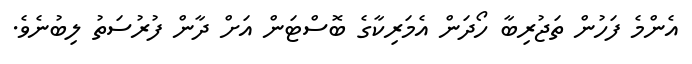
އެންމެ ފަހުން ތަޖުރިބާ ހޯދަން އެމަރިކާގެ ބޮސްޓަން އަށް ދާން ފުރުސަތު ލިބުނެވެ.